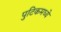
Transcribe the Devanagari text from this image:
पुटिकमध्ये